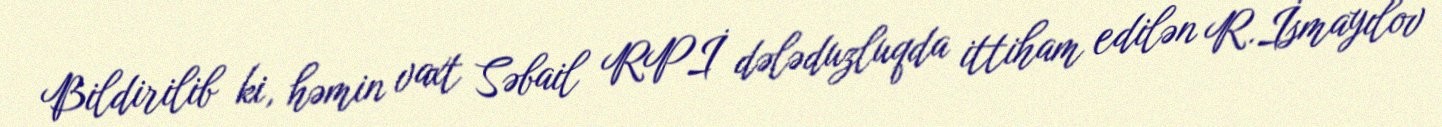
Bildirilib ki, həmin vaxt Səbail RPİ dələduzluqda ittiham edilən R.İsmayılov